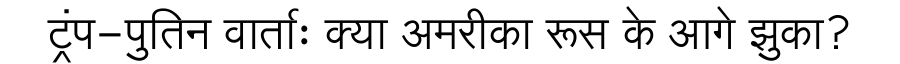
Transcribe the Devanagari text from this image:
ट्रंप-पुतिन वार्ताः क्या अमरीका रूस के आगे झुका?